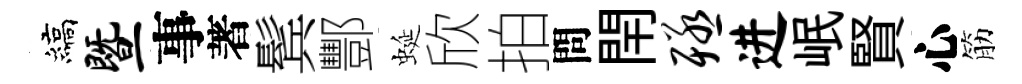
縞暨事著鬂酆蜒欣拍問閈殛进岷賢心筋